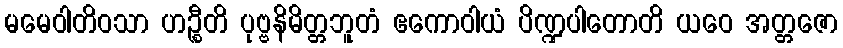
မမေဝါတိဝသာ ဟဉ္စီတိ ပုဗ္ဗနိမိတ္တဘူတံ ဧကောဝါယံ ပိဏ္ဍပါတောတိ ယဝေ အတ္တဇော